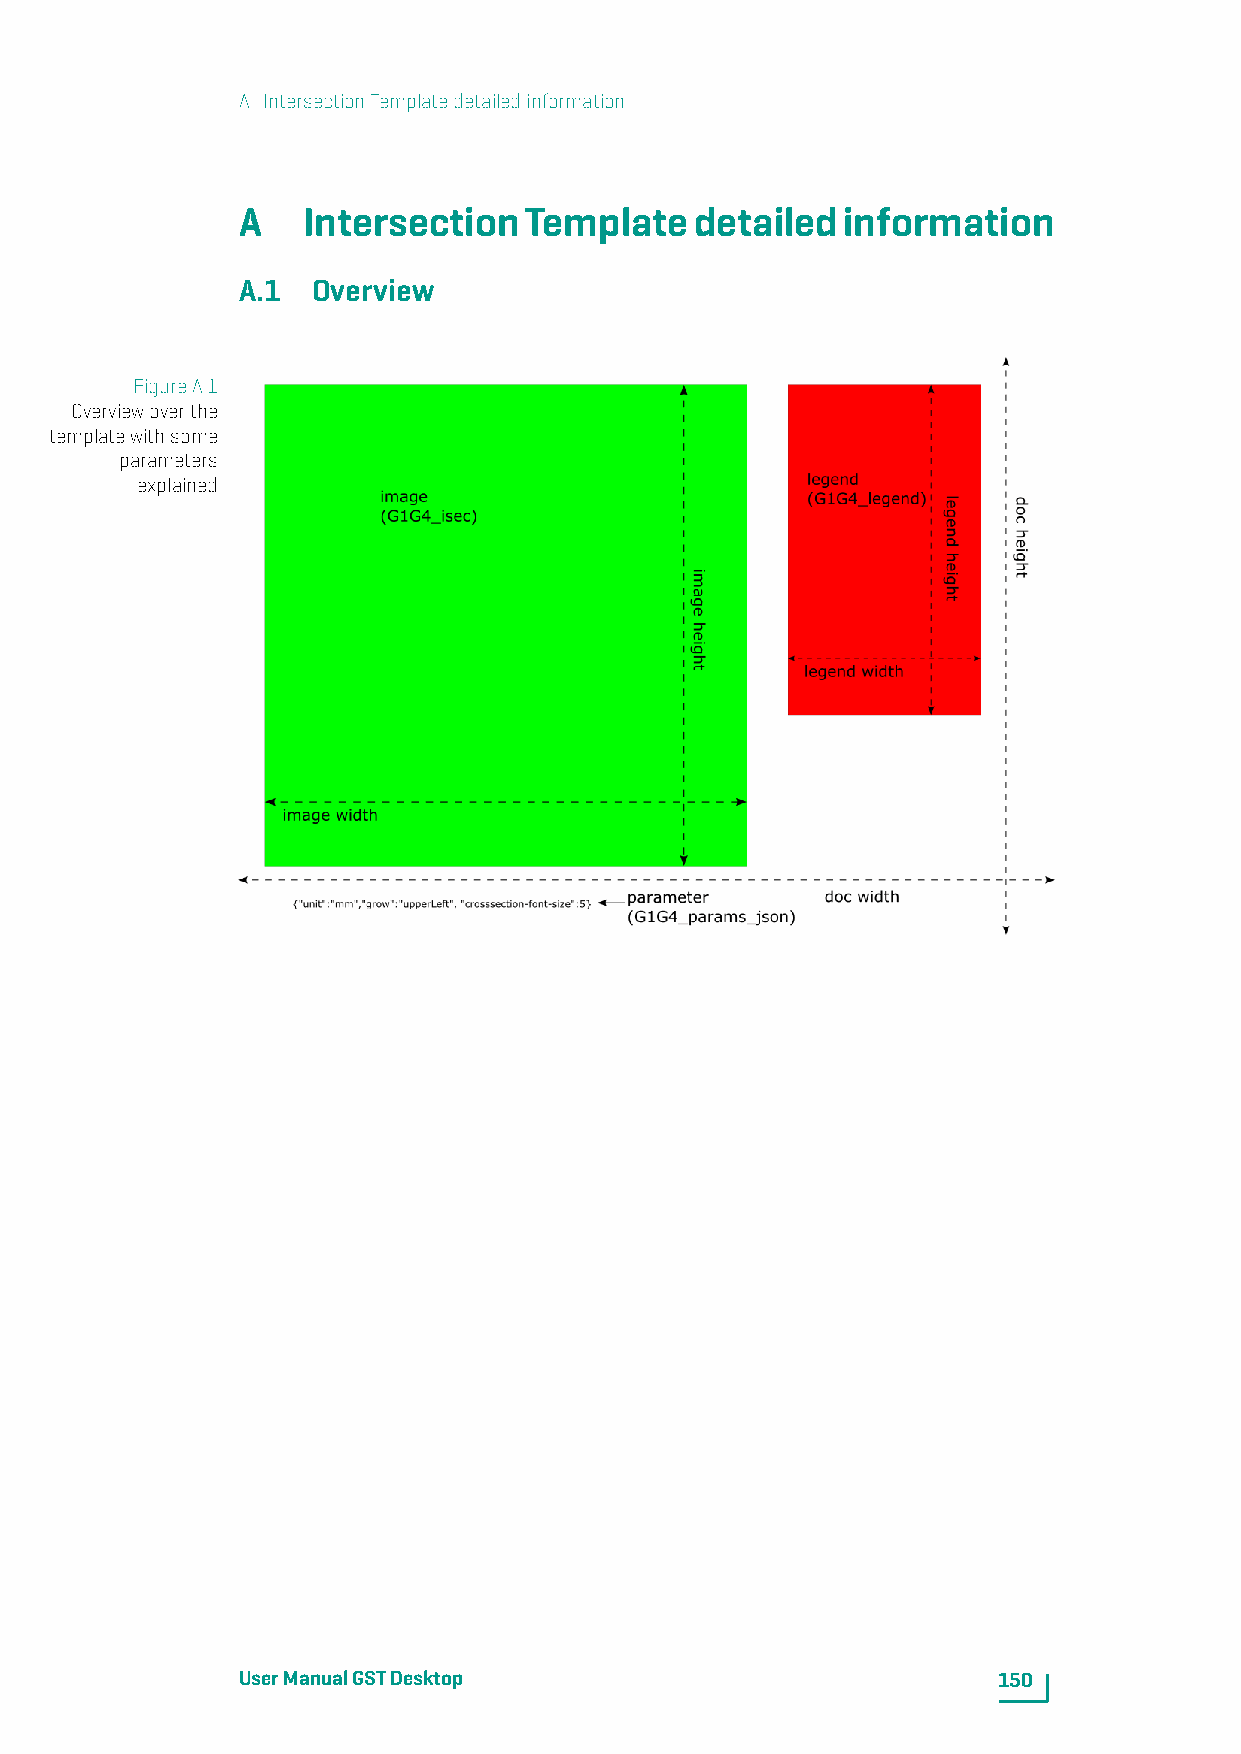
A. IntersectionTemplatedetailedinformation
 A   IntersectionTemplatedetailedinformation
 A.1  Overview
 FigureA.1
 Overviewoverthe
 templatewithsome
 parameters
 explained
 UserManualGSTDesktop                              150